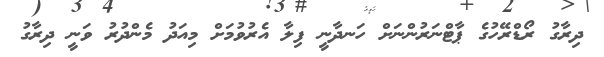
ދިރާގު ރޯޑްރޭހުގެ ޕާޓްނަރުންނަށް ހަނދާނީ ފިލާ އެރުވުމަށް މިއަދު މެންދުރު ވަނީ ދިރާގު